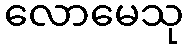
လောမေသု